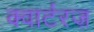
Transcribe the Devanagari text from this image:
क्वार्टरज़